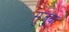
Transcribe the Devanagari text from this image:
सुजुक